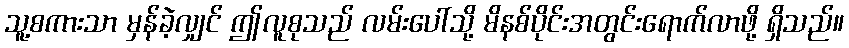
သူ့စကားသာ မှန်ခဲ့လျှင် ဤလူစုသည် လမ်းပေါ်သို့ မိနစ်ပိုင်းအတွင်းရောက်လာဖို့ ရှိသည်။